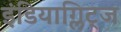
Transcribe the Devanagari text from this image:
इंडियाग्लिट्ज